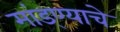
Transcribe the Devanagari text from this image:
मांड्ण्याचे